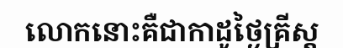
លោកនោះគឺជាកាដូថ្ងៃគ្រីស្ត